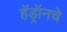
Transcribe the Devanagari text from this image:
हॅड्रॉनचे